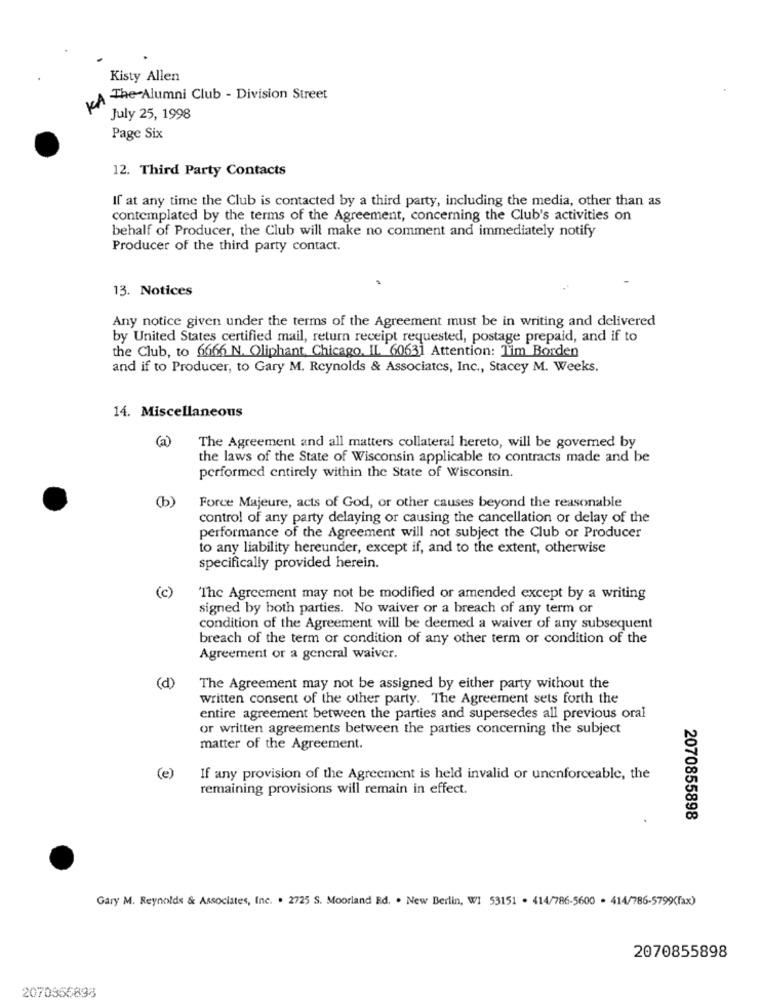
Kisty Allen
NA The Alumni Club - Division Street
July 25, 1998
Page Six
12. Third Party Contacts
If at any time the Club is contacted by a third party, including the media, other than as
contemplated by the terms of the Agreement, concerning the Club's activities on
behalf of Producer, the Club will make no comment and immediately notify
Producer of the third party contact.
13. Notices
Any notice given under the terms of the Agreement must be in writing and delivered
by United States certified mail, return receipt requested, postage prepaid, and if to
the Club, to 6666 N. Oliphant, Chicago, IL 60631 Attention: Tim Borden
and if to Producer, to Gary M. Reynolds & Associates, Inc ., Stacey M. Weeks.
14. Miscellaneous
(a)
The Agreement and all matters collateral hereto, will be governed by
the laws of the State of Wisconsin applicable to contracts made and be
performed entirely within the State of Wisconsin.
(b)
Force Majeure, acts of God, or other causes beyond the reasonable
control of any party delaying or causing the cancellation or delay of the
performance of the Agreement will not subject the Club or Producer
to any liability hereunder, except if, and to the extent, otherwise
specifically provided herein.
(c)
The Agreement may not be modified or amended except by a writing
signed by both parties. No waiver or a breach of any term or
condition of the Agreement will be deemed a waiver of any subsequent
breach of the term or condition of any other term or condition of the
Agreement or a general waiver.
(d)
The Agreement may not be assigned by either party without the
written consent of the other party. The Agreement sets forth the
entire agreement between the parties and supersedes all previous oral
or written agreements between the parties concerning the subject
matter of the Agreement.
(e)
If any provision of the Agreement is held invalid or unenforceable, the
remaining provisions will remain in effect.
2070855898
Gary M. Reynolds & Associates, Inc. . 2725 S. Moorland Bd. . New Berlin, WI 53151 . 414/786-5600 . 414/786-5799(fax)
2070855898
2070356898